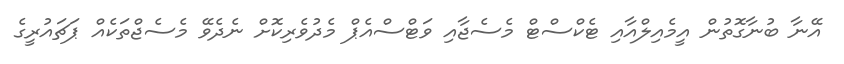
އޭނާ ބުނާގޮތުން އީމެއިލްއާއި ޓެކްސްޓް މެސެޖާއި ވަޓްސްއެޕް މެދުވެރިކޮށް ނެދެވޭ މެސެޖްތަކެއް ޕަޗައުރީގެ